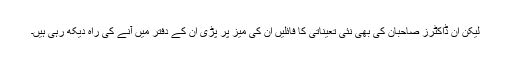
لیکن ان ڈاکٹرز صاحبان کی بھی نئی تعیناتی کا فائلیں ان کی میز پر پڑی ان کے دفتر میں آنے کی راہ دیکھ رہی ہیں۔